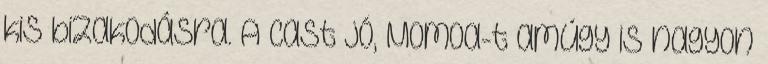
kis bizakodásra. A cast jó, Momoa-t amúgy is nagyon